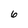
Character: 6